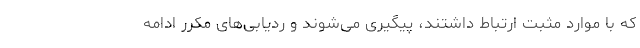
که با موارد مثبت ارتباط داشتند، پیگیری می‌شوند و ردیابی‌های مکرر ادامه